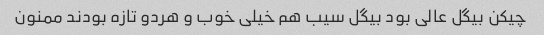
چیکن بیگل عالی بود بیگل سیب هم خیلی خوب و هردو تازه بودند ممنون